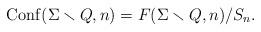
LaTeX: \begin{align*}{\rm Conf}(\Sigma\smallsetminus Q, n)=F(\Sigma\smallsetminus Q, n)/S_n .\end{align*}